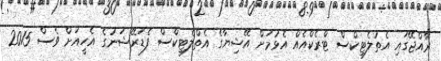
ރާއްޖޭގައި އެތުލެޓިކްސް ޓްރެކްއެއް އެޅުމަށް އޭޝިޔާގެ އެތްލެޓިކްސް ފެޑަރޭޝަނުގެ އެހީއަށް ވެސް 2015